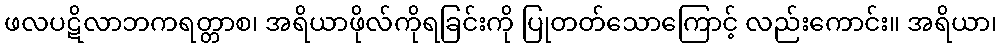
ဖလပဋိလာဘကရတ္တာစ၊ အရိယာဖိုလ်ကိုရခြင်းကို ပြုတတ်သောကြောင့် လည်းကောင်း။ အရိယာ၊